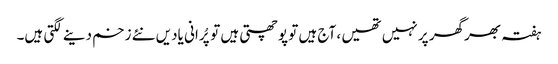
ہفتہ بھرگھر پر نہیں تھیں ، آج ہیں تو پوچھتی ہیں توپُرانی یادیں نئے زخم دینے لگتی ہیں۔